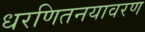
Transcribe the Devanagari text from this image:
धरणितनयावरण